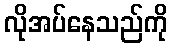
လိုအပ်နေသည်ကို